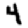
Digit: 4